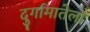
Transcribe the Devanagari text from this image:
दुर्गामातेला